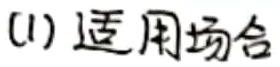
(1) 适用场合